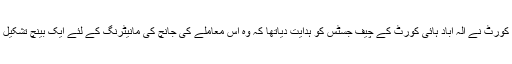
سپریم کورٹ نے الہ آباد ہائی کورٹ کے چیف جسٹس کو ہدایت دیاتھا کہ وہ اس معاملے کی جانچ کی مانیٹرنگ کے لئے ایک بینچ تشکیل کرے۔